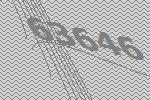
63646